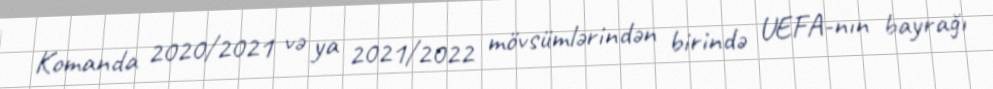
Komanda 2020/2021 və ya 2021/2022 mövsümlərindən birində UEFA-nın bayrağı